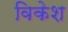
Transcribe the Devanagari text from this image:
विकेश